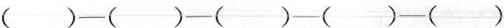
( )—( )—( )—( )—( )